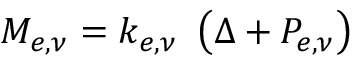
M _ { e , \nu } = k _ { e , \nu } \ \left( \Delta + P _ { e , \nu } \right)